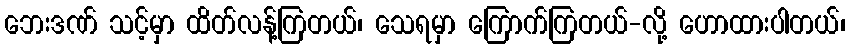
ဘေးဒဏ် သင့်မှာ ထိတ်လန့်ကြတယ်၊ သေရမှာ ကြောက်ကြတယ်-လို့ ဟောထားပါတယ်၊